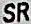
SR